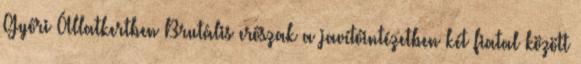
Győri Állatkertben Brutális erőszak a javítóintézetben két fiatal között